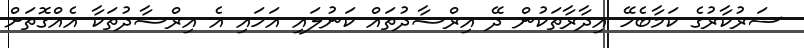
ސަރުކާރުގެ ކަމާބެހޭ އިދާރާތަކުން ދޭ އިރްޝާދުތައް ކަނުލައި އަހައި އެ އިރްޝާދުތަކާ އެއްގޮތަށް